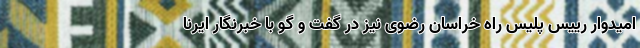
امیدوار رییس پلیس راه خراسان رضوی نیز در گفت و گو با خبرنگار ایرنا